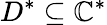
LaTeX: D^{*}\subseteq\mathbb{C}^{*}